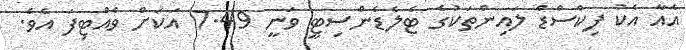
އެއާ އެކު ފިކްސްޑް ލައިންތަކުގެ ޓެލެޑެންސިޓީ ވަނީ 7.49 އަކަށް ވެއްޓިފަ އެވެ.